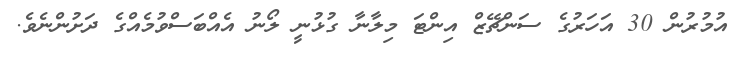
އުމުރުން 30 އަހަރުގެ ސަންޗޭޒް އިންޓަ މިލާނާ ގުޅުނީ ލޯނު އެއްބަސްވުމެއްގެ ދަށުންނެވެ.